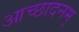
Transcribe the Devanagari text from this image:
आच्छादनम्‌